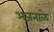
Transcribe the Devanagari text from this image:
अजनाळे